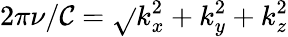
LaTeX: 2\pi\nu/\mathcal{C}=\sqrt{}{{k_{x}^{2}+k_{y}^{2}+k_{z}^{2}}}